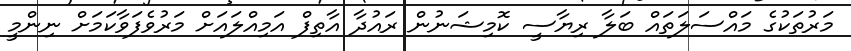
މަރުތަކުގެ މައްސަލަތައް ބަލާ ރިޔާސީ ކޮމިޝަނުން ރައުދާ އާތިފް އަމިއްލައަށް މަރުވެފަވާކަމަށް ނިންމީ